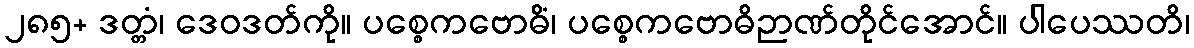
၂၈၅+ ဒတ္တံ၊ ဒေဝဒတ်ကို။ ပစ္စေကဗောဓိံ၊ ပစ္စေကဗောဓိဉာဏ်တိုင်အောင်။ ပါပေဿတိ၊